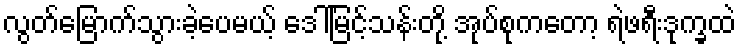
လွတ်မြောက်သွားခဲ့ပေမယ့် ဒေါ်မြင့်သန်းတို့ အုပ်စုကတော့ ရဲဖရီးဒုက္ခထဲ